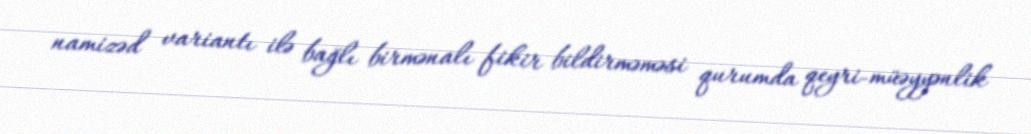
namizəd variantı ilə bağlı birmənalı fikir bildirməməsi qurumda qeyri-müəyyənlik